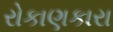
રોકાણકારા